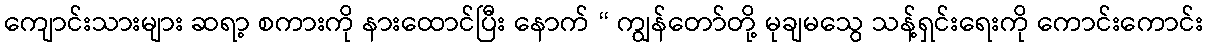
ကျောင်းသားများ ဆရာ့ စကားကို နားထောင်ပြီး နောက် “ ကျွန်တော်တို့ မုချမသွေ သန့်ရှင်းရေးကို ကောင်းကောင်း